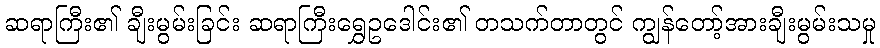
ဆရာကြီး၏ ချီးမွမ်းခြင်း ဆရာကြီးရွှေဥဒေါင်း၏ တသက်တာတွင် ကျွန်တော့်အားချီးမွမ်းသမှု